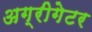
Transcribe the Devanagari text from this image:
अग्रीगेटर